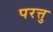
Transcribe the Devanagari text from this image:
परत्तु